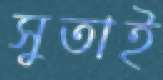
সুতাই